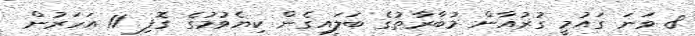
8 ވަނަ ގައުމީ ގުރުއާން މުބާރާތުގެ ބަލައިގެން ކިޔެވުމުގެ ގޮފި 11 އަހަރުން